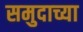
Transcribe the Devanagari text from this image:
समुदाच्या